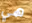
هي